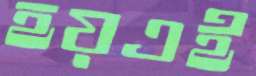
হয়এই